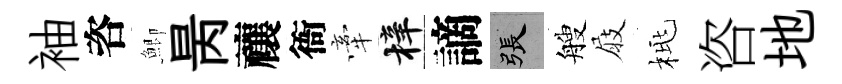
袖咨鯽昺禳衙牽梓謫張艘屐桃咨地